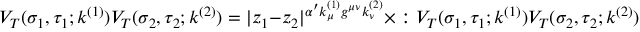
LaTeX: V _ { T } ( \sigma _ { 1 } , \tau _ { 1 } ; k ^ { ( 1 ) } ) V _ { T } ( \sigma _ { 2 } , \tau _ { 2 } ; k ^ { ( 2 ) } ) = | z _ { 1 } - z _ { 2 } | ^ { \alpha ^ { \prime } k _ { \mu } ^ { ( 1 ) } g ^ { \mu \nu } k _ { \nu } ^ { ( 2 ) } } \times : V _ { T } ( \sigma _ { 1 } , \tau _ { 1 } ; k ^ { ( 1 ) } ) V _ { T } ( \sigma _ { 2 } , \tau _ { 2 } ; k ^ { ( 2 ) } ) : ~ ,